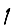
Digit: 1